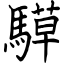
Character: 騲